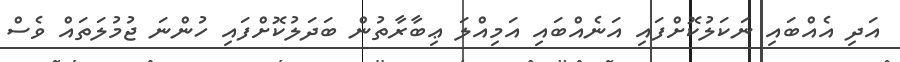
އަދި އެއްބައި ނަކަލުކޮށްފައި އަނެއްބައި އަމިއްލަ ޢިބާރާތުން ބަދަލުކޮށްފައި ހުންނަ ޖުމުލަތައް ވެސް